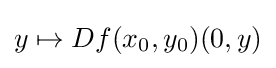
y\mapsto Df(x_{0},y_{0})(0,y)